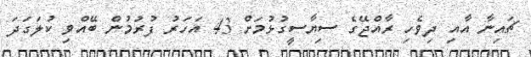
ޗައިނާ އާއި ދިވެހި ރާއްޖޭގެ ސިޔާސީގުޅުމަށް 43 އަހަރު ފުރުމުން ބޭއްވި ކުލަގަދަ